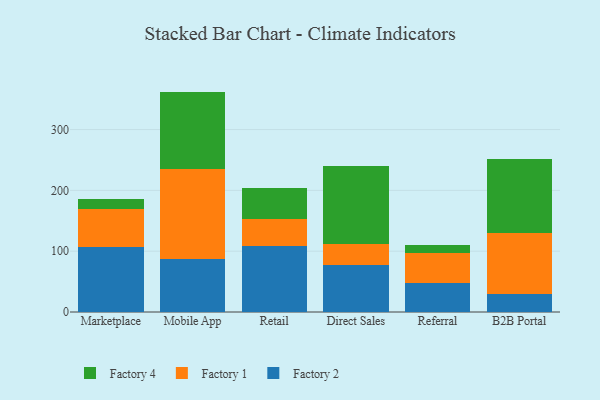
{"axis": {"x": "Channel", "y": "Revenue (USD Million)"}, "legend": ["Factory 1", "Factory 2", "Factory 4"], "data": [{"x": "Marketplace", "y": 107.2, "type": "Factory 2"}, {"x": "Marketplace", "y": 61.8, "type": "Factory 1"}, {"x": "Marketplace", "y": 16.7, "type": "Factory 4"}, {"x": "Mobile App", "y": 87.2, "type": "Factory 2"}, {"x": "Mobile App", "y": 147.2, "type": "Factory 1"}, {"x": "Mobile App", "y": 128.0, "type": "Factory 4"}, {"x": "Retail", "y": 109.1, "type": "Factory 2"}, {"x": "Retail", "y": 43.1, "type": "Factory 1"}, {"x": "Retail", "y": 51.7, "type": "Factory 4"}, {"x": "Direct Sales", "y": 77.1, "type": "Factory 2"}, {"x": "Direct Sales", "y": 34.0, "type": "Factory 1"}, {"x": "Direct Sales", "y": 128.8, "type": "Factory 4"}, {"x": "Referral", "y": 47.9, "type": "Factory 2"}, {"x": "Referral", "y": 48.4, "type": "Factory 1"}, {"x": "Referral", "y": 14.5, "type": "Factory 4"}, {"x": "B2B Portal", "y": 29.6, "type": "Factory 2"}, {"x": "B2B Portal", "y": 101.0, "type": "Factory 1"}, {"x": "B2B Portal", "y": 120.2, "type": "Factory 4"}]}